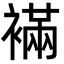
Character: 襔